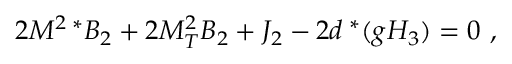
2 M ^ { 2 \; * } B _ { 2 } + 2 M _ { T } ^ { 2 } B _ { 2 } + J _ { 2 } - 2 d ^ { \; * } ( g H _ { 3 } ) = 0 \ ,